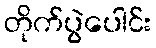
တိုက်ပွဲပေါင်း